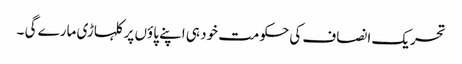
تحریک انصاف کی حکومت خود ہی اپنے پاؤں پر کلہاڑی مارے گی ۔